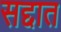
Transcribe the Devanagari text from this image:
सद्दात